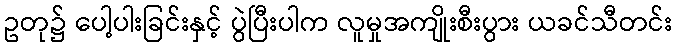
ဥတု၌ ပေါ့ပါးခြင်းနှင့် ပွဲပြီးပါက လူမှုအကျိုးစီးပွား ယခင်သီတင်း